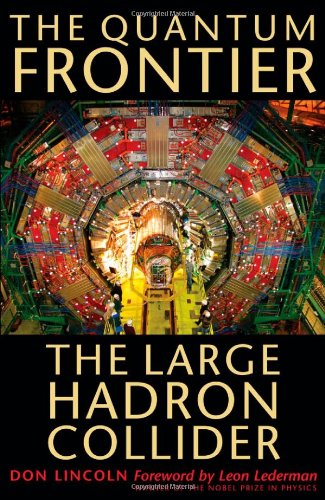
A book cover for The Quantum Frontier: The Large Hadron Collider; Don Lincoln; Science & Math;